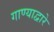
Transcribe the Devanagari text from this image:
गाण्याद्वारे